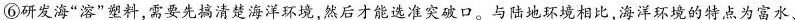
⑥研发海”溶”塑料，需要先搞清楚海洋环境，然后才能选准突破口。与陆地环境相比，海洋环境的特点为富水、